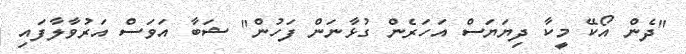
"ދެން އޯކޭ މީކާ ދިޔަޔަސް އަހަރެން ގުޅާނަން ފަހުން" ޝަބާ އަވަސް އަރުވާލާފައި